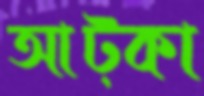
আট্‌কা